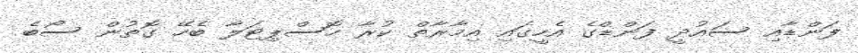
ފަންޑާއި ސައުދީ ފަންޑްގެ އެހީގައި އިމާރާތް ކުރާ ހޮސްޕިޓަލާ ބެހޭ ގޮތުން ސޯބެ